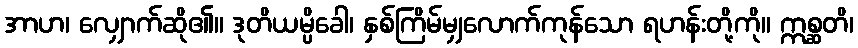
အာဟ၊ လျှောက်ဆို၏။ ဒုတိယမ္ပိခေါ၊ နှစ်ကြိမ်မျှလောက်ကုန်သော ရဟန်းတို့ကို။ ဣစ္ဆတိ၊